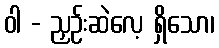
ဝါ - ညှဉ်းဆဲလေ့ ရှိသော၊